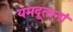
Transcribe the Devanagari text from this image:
यमदूतानां